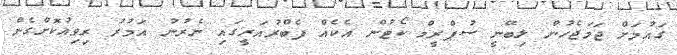
ގައުމަށް ޖަމަޖެހުން ލިބޭނީ ސުޕްރީމް ކޯޓުން އެކެއް ފެބްރުއަރީގައި ނެރުނު އަމުރު ރިވިއުކޮށްގެން